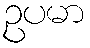
ဥပမာ